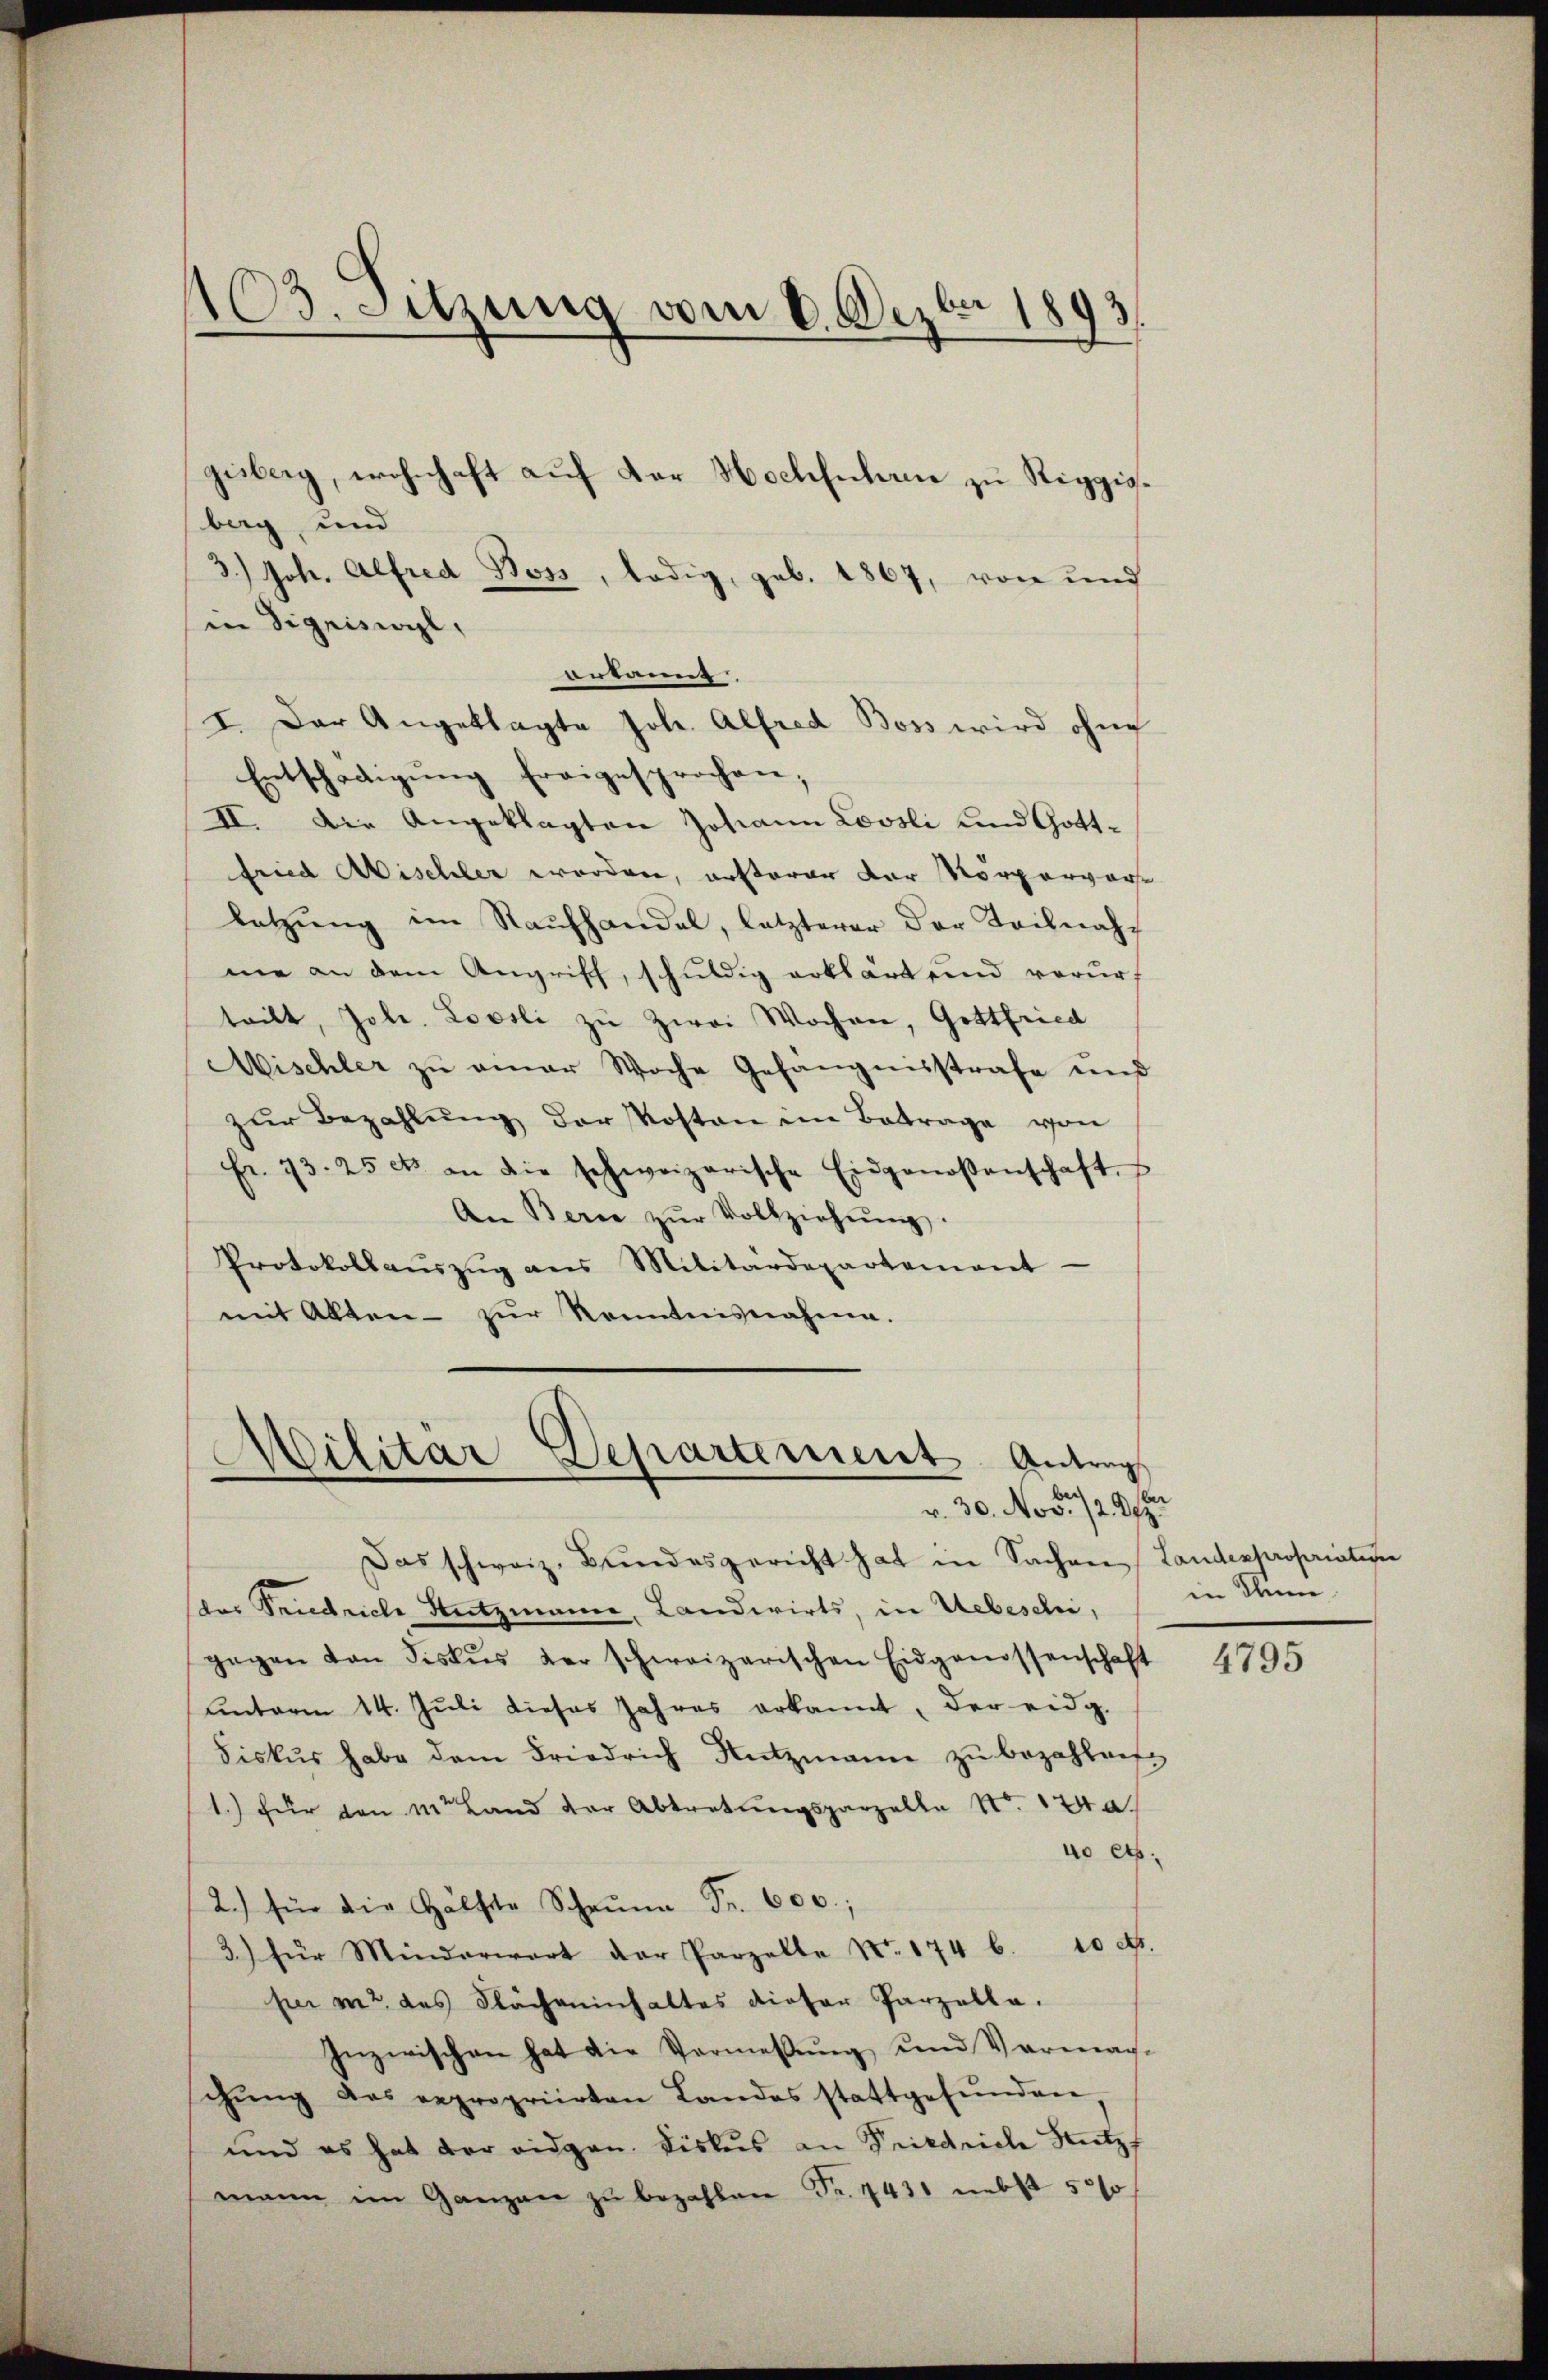
103. Sitzung vom 6. Dezbr 1893.
gisberg, wohnhaft auf der Hochführen zu Riggigberg, und

3.) Joh. Alfred Boss, ledig, geb. 1867, von und
in Sigriswyl,
eekannt
I. Der Angeklagte Joh. Alfred Boss wird ohne
Entschädigŭng freigesprochen;
II. Die Angeklagten Johann Lovsli und Gottfried Aischler werden, ersterer der Vorpervor
letzŭng im Raŭfhandel, letzterer der Teilnahme an dem Angriff, schuldig erklärt und vorurf
teilt, Joh. Loosli zu Zwei Wochen, Gottfried
Mischler zu einer Woche Gefängnisstrafe und
zŭr Bezahlŭng der Kosten ein Betrage von
fr. 73. 25 cts. an die schweizerische Eidgenoßenschaft, s
An Bern zŭr Vollziehŭng.
Protokollaŭszŭg ans Militärdepartement
mit Alten zur Kenntnisnahme.

Das schweiz. Bŭndesgericht hat in Sachen Landespropriative
das Friedriche Nutzmann, Landwirts, in Uebeschi,
gegen von Fiskus der schweizerischen Eidgenossenschaft
unterm 14. Juli dieses Jahres erkannt, der eidg.
Fiskus habe dem Friedrich Nutzmann zŭ bezahleif
1.) für von in Land der Abtretungsparzelle Nr. 124 a
40 cts.
2.) für die Hälfte Scheŭna Fr. 600.;
3.) für Minderwart der Parzelle Nr. 1746. 10 d.
per mit des Flächeinhaltes dieser Parzella.
Inzwischen hat die Vermeßung und Vermag-
schŭng des repropriirten Landes stattgefŭnden,
und es hat der eidgen. Diskus an Seitdeiche Nutz
mann im Ganzen zŭ bezahlen Fr. 1431 nebst 5000

Militär Departement Antrags
r. 30. No 5 1/20/22

in Thun.

4795